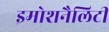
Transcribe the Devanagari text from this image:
इमोशनैलिटी